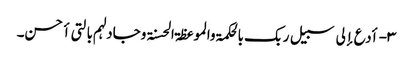
۳- أدع إلی سبیل ربک بالحکمۃ والموعظۃ الحسنۃ وجادلہم بالتی أحسن۔